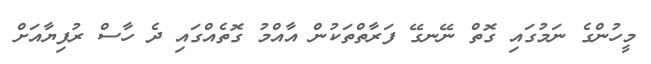
މީހުންގެ ނަމުގައި ގޮތް ނޭނގޭ ފަރާތްތަކުން އާއްމު ގޮތެއްގައި ދެ ހާސް ރުފިޔާއަށް